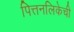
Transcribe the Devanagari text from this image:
पित्तनलिकेची